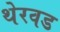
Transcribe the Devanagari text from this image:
थेरवड